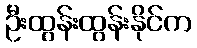
ဦးထွန်းထွန်းနိုင်က